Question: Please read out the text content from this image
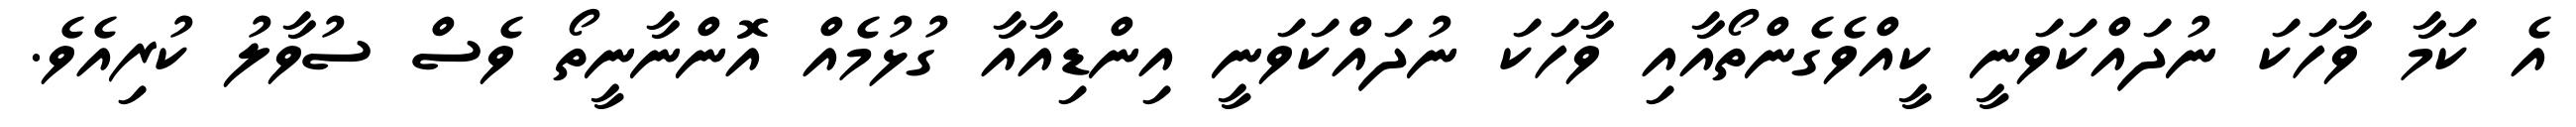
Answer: އެ ކަމާ ވާހަކަ ނުދައްކަވަނީ ކީއްވެގެންތޯއާއި ވާހަކަ ނުދައްކަވަނީ އިންޑިއާއާ ގުޅުމެއް އޮންނާނީތޯ ވެސް ސުވާލު ކުރިއެވެ.